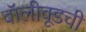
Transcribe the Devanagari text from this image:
बॉलीवूडची